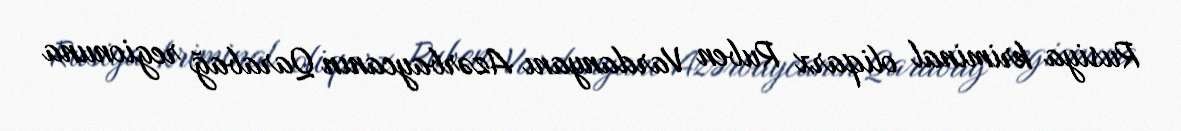
Rusiya kriminal oliqarx Ruben Vardanyanı Azərbaycanın Qarabağ regionuna